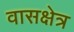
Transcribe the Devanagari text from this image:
वासक्षेत्र